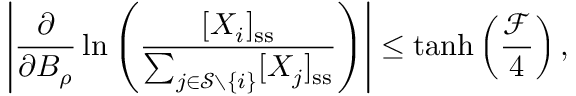
\left| \frac { \partial } { \partial B _ { \rho } } \ln \left( \frac { [ X _ { i } ] _ { \mathrm { s s } } } { \sum _ { j \in \mathcal { S } \setminus \{ i \} } [ X _ { j } ] _ { \mathrm { s s } } } \right) \right| \leq \operatorname { t a n h } \left( \frac { \mathcal { F } } { 4 } \right) ,